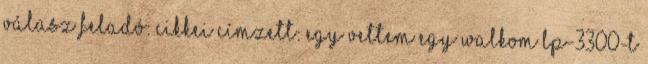
VÁLASZ Feladó: cikkei Címzett: Egy vettem egy Walkom LP-3300-t